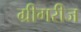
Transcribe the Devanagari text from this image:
ग्रीगरीज